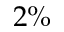
2 \%